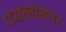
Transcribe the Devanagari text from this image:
प्रयत्नांनतर